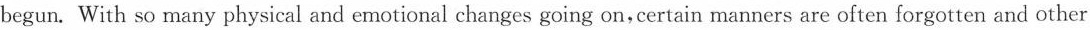
begun. With so many physical and emotional changes going on,certain manners are often forgotten and other